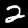
Digit: 2